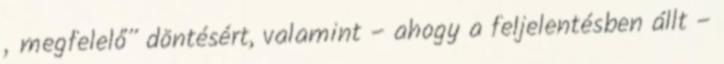
„megfelelő” döntésért, valamint – ahogy a feljelentésben állt –